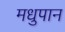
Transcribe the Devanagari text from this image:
मधुपान